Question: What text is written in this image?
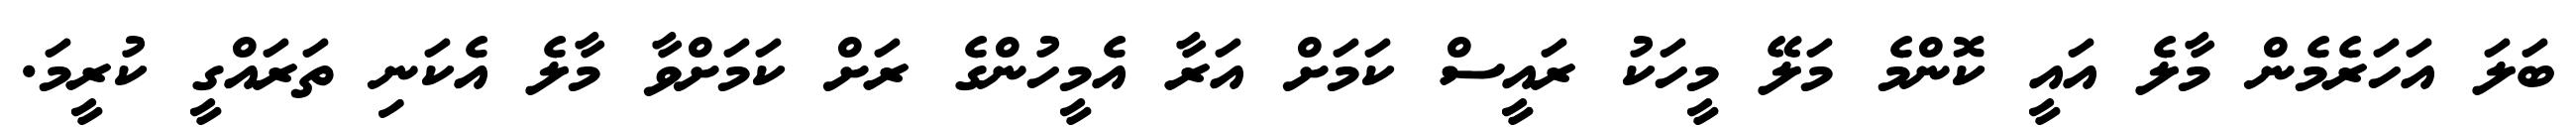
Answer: ބަލަ އަހަރެމެން މާލެ އައީ ކޮންމެ މަލޭ މީހަކު ރައީސް ކަމަށް އަރާ އެމީހުންގެ ރަށް ކަމަށްވާ މާލެ އެކަނި ތަރައްގީ ކުރީމަ.